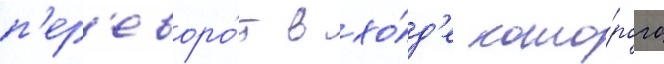
п'ер'еворо́т в хо́д'е кото́рого